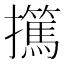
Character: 𰔺